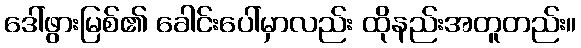
ဒေါ်ဖွားမြစ်၏ ခေါင်းပေါ်မှာလည်း ထိုနည်းအတူတည်း။